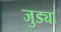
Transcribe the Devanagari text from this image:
जुड्या